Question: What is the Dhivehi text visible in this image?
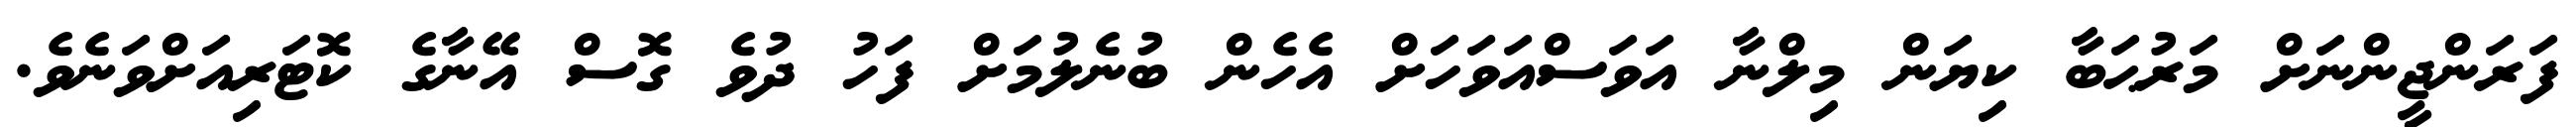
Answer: ފަރަންޖީންނަށް މަރުޙަބާ ކިޔަން މިލްނާ އަވަސްއަވަހަށް އެހެން ބުނެލުމަށް ފަހު ދުވެ ގޮސް އޭނާގެ ކޮޓަރިއަށްވަނެވެ.